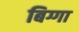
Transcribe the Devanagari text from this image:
बिग्गा